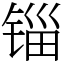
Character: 锱